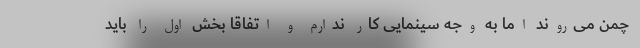
چمن می‌روند اما به وجه سینمایی کار ندارم و اتفاقا بخش اول را باید